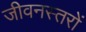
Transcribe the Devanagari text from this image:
जीवनस्तरों